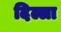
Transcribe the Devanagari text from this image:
दिल्ला